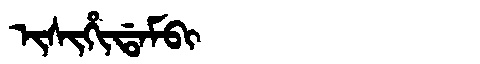
Manchu: ᡳᠰᡳᡥᡳᡩᠠᠮᠪᡳ
Romanization: ISIHIDAMBI